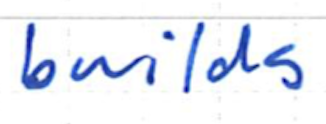
Text: builds
Cross-out: clean
Writing tool: ballpoint